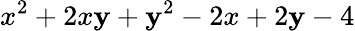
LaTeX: x^{2}+2x\mathbf{y}+\mathbf{y}^{2}-2x+2\mathbf{y}-4